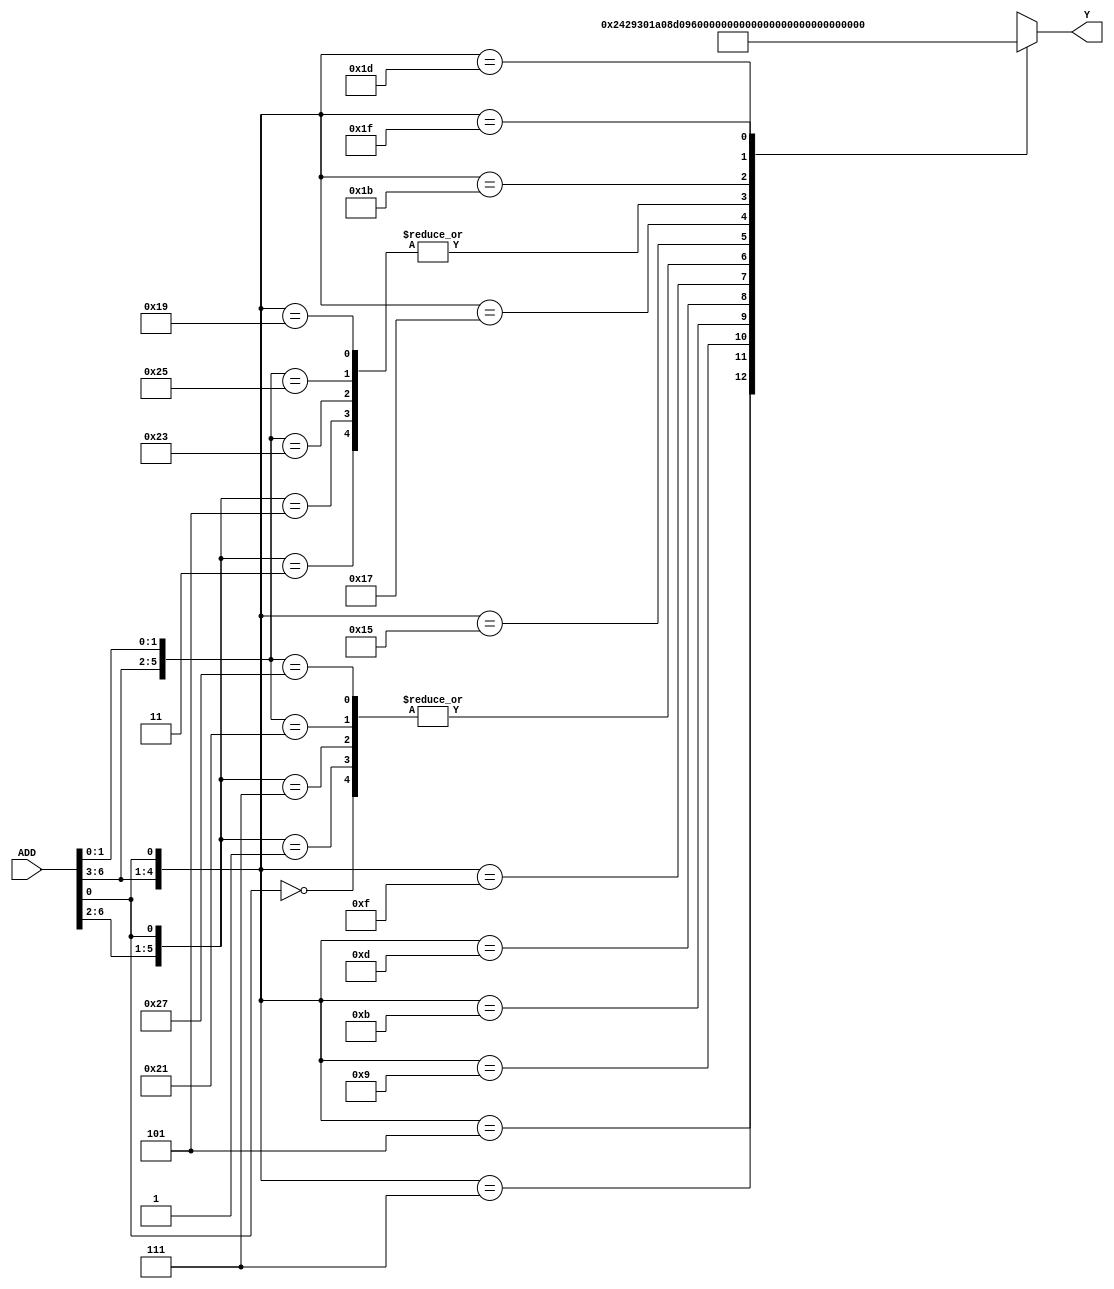
//Ejercicio 5


//modulo Memoria ROM
module MemRom (input wire [6:0]ADD, output reg [12:0]Y); 
	always @ (ADD) 
		casex (ADD) 
			7'bxxxxxx0 : Y = 13'b1000000001000; 
			7'b00001x1 : Y = 13'b0100000001000;
			7'b00000x1 : Y = 13'b1000000001000;
			7'b00011x1 : Y = 13'b1000000001000;
			7'b00010x1 : Y = 13'b0100000001000;
			7'b0010xx1 : Y = 13'b0001001000010;
			7'b0011xx1 : Y = 13'b1001001100000;
			7'b0100xx1 : Y = 13'b0011010000010;
			7'b0101xx1 : Y = 13'b0011010000100;
			7'b0110xx1 : Y = 13'b1011010100000;
			7'b0111xx1 : Y = 13'b1000000111000;
			7'b1000x11 : Y = 13'b0100000001000;
			7'b1000x01 : Y = 13'b1000000001000;
			7'b1001x11 : Y = 13'b1000000001000;
			7'b1001x01 : Y = 13'b0100000001000;
			7'b1010xx1 : Y = 13'b0011011000010;
			7'b1011xx1 : Y = 13'b1011011100000;
			7'b1100xx1 : Y = 13'b0100000001000;
			7'b1101xx1 : Y = 13'b0000000001001;
			7'b1110xx1 : Y = 13'b0011100000010;
			7'b1111xx1 : Y = 13'b1011100100000;
			default : $display("Error in SEL"); 
		endcase 
endmodule